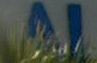
AM